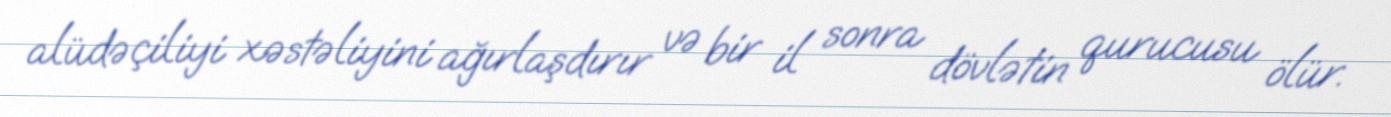
alüdəçiliyi xəstəliyini ağırlaşdırır və bir il sonra dövlətin qurucusu ölür.